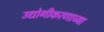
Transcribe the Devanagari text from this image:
उद्योगीकरणाच्या